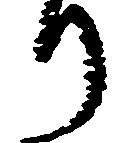
り